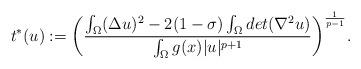
LaTeX: \begin{align*}t^*(u):=\bigg(\dfrac{\int_\Omega(\Delta u)^2-2(1-\sigma)\int_\Omega det(\nabla^2 u)}{\int_\Omega g(x)|u|^{p+1}}\bigg)^{\frac{1}{p-1}}.\end{align*}